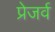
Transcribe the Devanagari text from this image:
प्रेजर्व